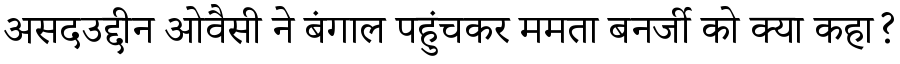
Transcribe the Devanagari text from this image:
असदउद्दीन ओवैसी ने बंगाल पहुंचकर ममता बनर्जी को क्या कहा?